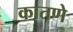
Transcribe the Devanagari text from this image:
कातणे